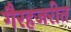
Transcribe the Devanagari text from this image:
गैरहजरीत